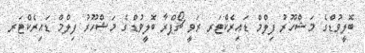
ބޮލީވުޑްގެ މަޝްހޫރު ފިލްމް ޑައިރެކްޓަރ ރަވީ ޗޯޕްރާ ބޮލީވުޑްގެ މަޝްހޫރު ފިލްމް ޑައިރެކްޓަރ